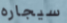
سيجاره